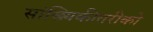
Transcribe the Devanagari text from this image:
सांख्यिकीतरीको